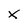
Character: k